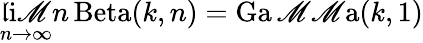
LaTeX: \operatorname*{\mathfrak{l}i\mathscr{M}}_{n\to\infty}n\operatorname{Beta}(k,n)=\operatorname{Ga\mathscr{M}\mathscr{M}a}(k,1)